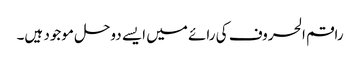
راقم الحروف کی رائے میں ایسے دوحل موجود ہیں۔